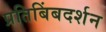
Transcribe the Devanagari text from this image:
प्रतिबिंबदर्शन